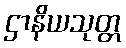
ဌာနိယသုတ္တ